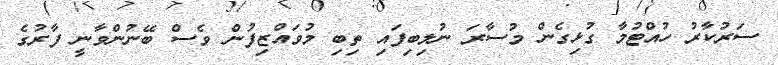
ސަރުކާރު ހުއްޓުމާ ގުޅިގެން މުސާރަ ނުލިބިފައި ތިބި މުވައްޒިފުން ވެސް ބޭނުންވާނީ ފާރުގެ